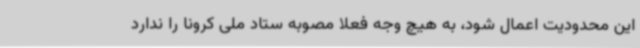
این محدودیت اعمال شود، به هیچ وجه فعلا مصوبه ستاد ملی کرونا را ندارد